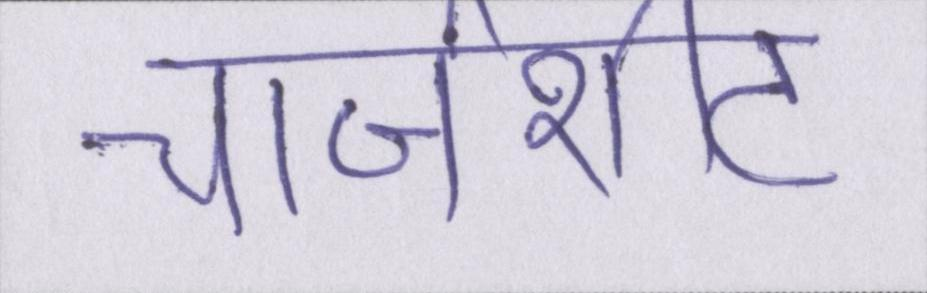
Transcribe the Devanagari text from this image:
चार्जशीट